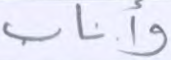
وأناب